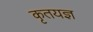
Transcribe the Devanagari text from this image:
कृतयज्ञ